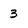
Character: 3